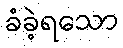
ခံခဲ့ရသော